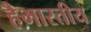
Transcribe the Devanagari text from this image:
हैभारतीय